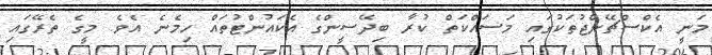
މަނީ އެކްސްޗޭންޖުތަކުގައި މަސައްކަތް ކުރާ ބިދޭސީންގެ އެކައުންޓުތައް ހިމެނެ އެވެ. މީގެ ތެރޭގައި